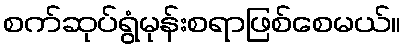
စက်ဆုပ်ရွံမုန်းစရာဖြစ်စေမယ်။